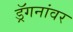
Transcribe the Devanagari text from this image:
ड्रॅगनांवर